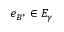
e _ { B ^ { \ast } } \in E _ { \gamma }